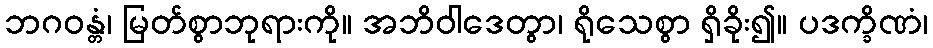
ဘဂဝန္တံ၊ မြတ်စွာဘုရားကို။ အဘိဝါဒေတွာ၊ ရိုသေစွာ ရှိခိုး၍။ ပဒက္ခိဏံ၊